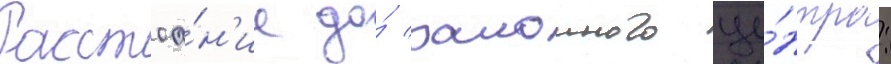
Расстоа́н'ие до́ раионного це́нтра: